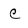
Character: c